Medical and sanitary report of the native army of Madras for the year
Year: 1872
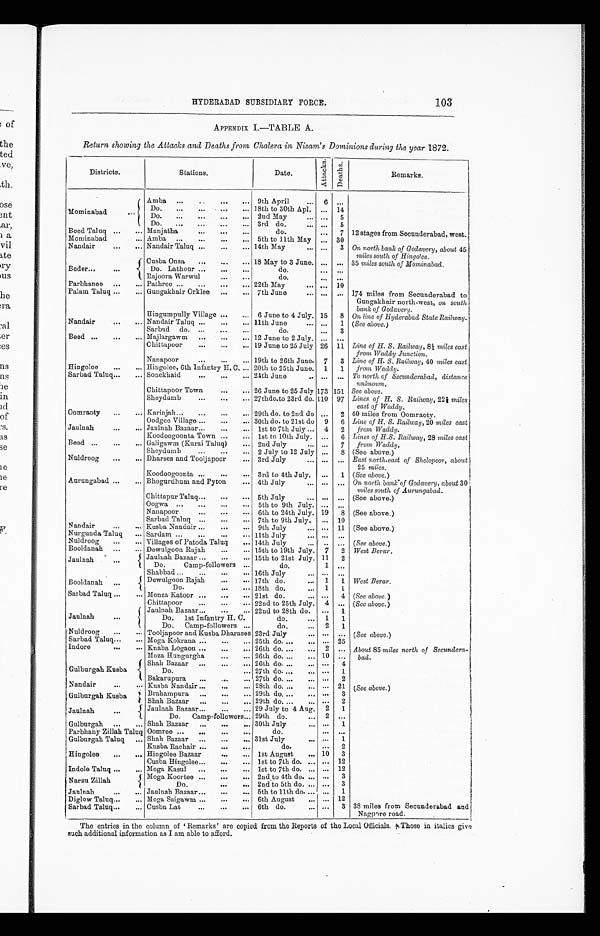
HYDERABAD SUBSIDIARY FORCE.
103
APPENDIX I.—TABLE A.
Return showing the Attacks and Deaths from Cholera in Nizam's Dominions during the year 1872.
Districts.
Stations.
Date.
A t t a c k s . De a t h s .
Remarks.
Mominabad
...
Amba ... ..
... 9th April
... 6 ...
Do . . . . . . . . . . . . . 18th to 30th Apl. ... 14
Do. ... ... ... ... 2nd May
... ... 5
Do. ... ... ... ... 3rd do. ...
... 5
Beed Taluq ... ... Manjatha
... ... ...
do.
... 7 12 stages from Secunderabad, west.
Mominabad
... Amba ... ... ... ... 5th to 11th May ... 30
Nandair
... ... Nandair Taluq ... ... ... 14th May
... ... 3 On north bank of Godavery, about 45
miles south of Hingolee.
Beder...
...
Cusba Onsa ... ... ... 18 May to 3 June. ... ... 35 miles south of Mominabad.
Do. Lathour ... ... ...
do.
... ...
Rajoora Warwul
... ...
do.
... ...
Parbhanee ... ... Pathree ... ... ... ... 22th May
... ... 10
Palam Taluq ... ... Gungakhair Orklee ... ... 7th June
... ... ... 174 miles from Secunderabad to
Gungakhair north-west, on south
bank of Godavery.
Hingumpully Village
... ...
6 June to 4 July. 15 8 On line of Hyderabad State Railway.
Nandair
... ... Nandair Taluq ... ... ... 11th June
... ... 1 (See above.)
Sarbad do. ... ... ...
do.
... 3
Beed ... ... ... Majlargawm ... ... ...
12 June to 2 July. ... ...
Chittapoor
... ... ... 19 June to 25 July 26 11 Line of H. S. Railway, 8 1/2 miles east
from Waddy Junction.
Nanapoor
... ... ... 19th to 26th June. 7 3 Line of H. S. Railway, 40 miles east
from Waddy.
Hingolee ... ... Hingolee, 6th Infantry H. C. ... 20th to 25th June. 1 1
Sarbad Taluq... ... Sonekhaid
... ... ... 24th June
.. ... ... To north of Secunderabad, distance
unknown.
Chittapoor Town
... ... 26 June to 25 July 173 151 See above.
Sheydumb
... ... ... 27thdo.to 23rd do. 110 97 Lines of H. S. Railway, 221/2 miles
east of Waddy.
Oomraoty ... ... Karinjah... ... ... ... 29th do. to 2nd do ... 2 40 miles from Oomraoty.
Oodgee Village ... ... ... 30th do. to 21st do 9 6 Line of H. S. Railway, 20 miles east
from Waddy.
Jaulnah
... ... Jaulnah Bazaar...
... ... 1st to 7th July ... 4 2
Koodoogoonta Town ... ... 1st to 10th July. ... 6 Lines of H.S. Railway, 28 miles east
from Waddy.
Beed ... ... ... Galigawm (Kurai Taluq) ... 2nd July
... ... 7
Sheydumb
... ... ... 2 July to 12 July ... 8 (See above.)
Nuldroog ... ... Dharses and Tooljapoor
... 3rd July
... ... ... East north-east of Sholopoor, about
25 miles.
Koodoogoonta ... ...
... 3rd to 4th July. ... 1 (See above. )
Aurungabad ... ... Bhogurdhum and Pyton
... 4th July
... ... ... On north bank of Godavery, about 30
miles south of Aurungabad.
Chittapur Taluq... ... ... 5th July
... ... ... (See above.)
Oogwa ... ... ... ... 5th to 9th July. ... ...
Nanapoor
... ... ... 6th to 24th July. 19 8 (See above.)
Sarbad Taluq ... ... ... 7th to 9th July. ... 10
Nandair
... ... Kusba Nandair ... ... ... 9th July
... ... 11 (See above.)
Nurgunda Taluq ... Sardam ... ... ...
... 11th July
... ... ...
Nuldroog ... ... Villages of Patoda Taluq ... 14th July
... .. ... (See above.)
Booldanah ... ... Dewulgoon Rajah ...
... 15th to 19th July. 7 2 West Berar.
Jaulnah
...
Jaulnah Bazaar ... ...
... 15th to 21st July. 11 2
Do.
Camp-followers ...
do.
1 ...
Shabbad ...
... ...
... 16th July
... ... ...
Booldanah ...
Dewulgoon Rajah ... ... 17th do.
... 1 1 West Berar.
Do. ... ... 18th do.
... 1 1
Sarbad Taluq ... ... Monza Katoor ... ... ... 21st do.
... ... 4 (See above. )
Chittapoor
... ... ... 22nd to 25th July. 4 ... (See above. )
Jaulnah
...
Jaulnah Bazaar...
... ... 22nd to 28th do. ... 1
Do. 1st Infantry H. C.
do.
... 1 1
Do. Camp-followers ...
do.
... 2 1
Nuldroog ... ... Tooljapoor and Kusba Dharases 23rd July
... ... ... ( See above. )
Sarbad Taluq... ... Moga Kokrana ... ... ... 25th do. ... ... ... 25
Indore
...
... Knaba Logaon ... ... ... 26th do. ... ... 2 ... About 85 miles north of Secundera
-
bad.
Moza Hungurgha
... ... 26th do. ... ... 10 ...
Gulburgah Kusba
Shah Bazaar ... ... ... 26th do. ... ... ... 4
Do.
... 27th do. ... ... ... 1
Bakarupura ...
... 27th do. ... ... ... 2
Nandair
...
... Kusba Nandair ...
... ... 28th do. ... ... ... 21 (See above. )
Gulburgah Kusba
Brahampura ... ... ... 29th do. ... ... ... 3
Shah Bazaar ... ... ... 29th do. ... ... . . .
2
Jaulnah ...
Jaulnah Bazaar...
... ... 29 July to 4 Aug. 2 1
Do. Camp-followers... 29th do.
... 2 ...
Gulburgah ... ... Shah Bazaar ... ... ... 30th July
... ...
1
Parbhany Zillah Taluq Oomree ... ... ... ...
do.
... ...
Gulburgah Taluq ... Shah Bazaar ... ... ... 31st July
... 1
Kusba Rachair ... ... ...
do.
...
2
Hingolee ... ... Hingolee Bazaar
... ... 1st August ... 10 3
Cusba Hingolee... ... ... 1st to 7th do. ... ... 12
Indole Taluq ... ... Moga Kasul ... ... ... 1st to 7th do. ... ... 12
Narsu Zillah
Moga Koortee ... ... ... 2nd to 4th do. ... ... 3
Do. ... ...
2nd to 5th do. ... ... 3
Jaulnah
... ... Jauluah Bazaar ... ... ... 5th to 11th do. ... ... 1
Diglow Taluq... ... Mona Saigawm ... ... ... 6th August ... ... 12
Sarbad Taluq...
... Cusba Lat
... ... ... 6th do. ...
... 3 38 miles from Secunderabad and
Nagpore road.
The entries in the column of 'Remarks' are copied from the Reports of the Local Officials. * Those in italics give
such additional information as I am able to afford.